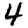
Digit: 4